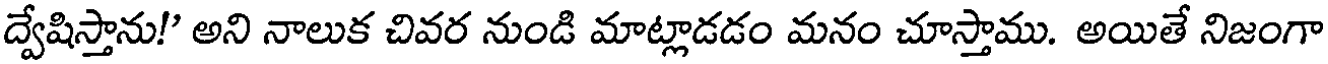
ద్వేషిస్తాను!" అని నాలుక చివర నుండి మాట్లాడడం మనం చూస్తాము. అయితే నిజంగా